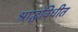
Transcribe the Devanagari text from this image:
श्राद्धविधीत